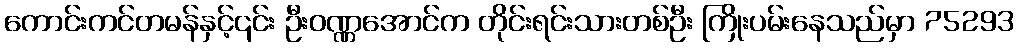
ကောင်းကင်တမန်နှင့်၎င်း ဦးဝဏ္ဏအောင်က တိုင်းရင်းသားတစ်ဦး ကြိုးပမ်းနေသည်မှာ 75293